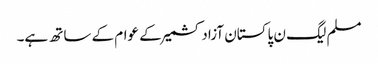
مسلم لیگ ن پاکستان آزادکشمیر کے عوام کے ساتھ ہے۔